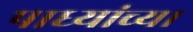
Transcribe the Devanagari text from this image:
पाध्यांच्या